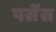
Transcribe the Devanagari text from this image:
पर्सेस